Regulations for the medical services of the Army of India
Year: 1930
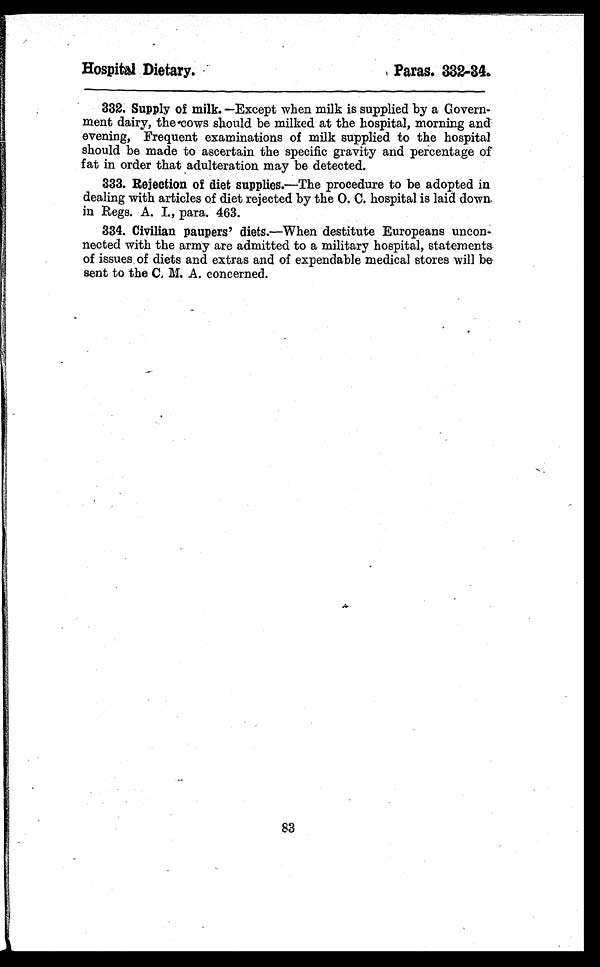
Hospital Dietary.
Paras. 332-34
.
332. Supply of milk. —Except when milk is supplied by a Govern--
ment dairy, the cows should be milked at the hospital, morning and
evening, Frequent examinations of milk supplied to the hospital
should be made to ascertain the specific gravity and percentage of
fat in order that adulteration may be detected.
333. Rejection of diet supplies.—The procedure to be adopted in
dealing with articles of diet rejected by the O. C. hospital is laid down
in Regs. A. I., para. 463.
334. Civilian paupers' diets. —When destitute Europeans uncon--
nected with the army are admitted to a military hospital, statements
of issues of diets and extras and of expendable medical stores will be
sent to the C. M. A. concerned.
83